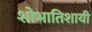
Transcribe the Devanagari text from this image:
शोभातिशायी